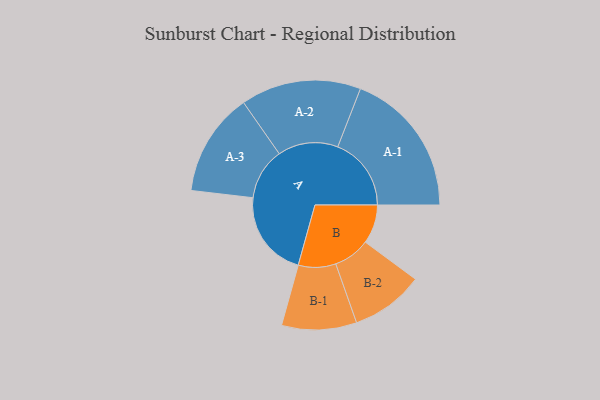
{"axis": {"x": "Segment", "y": "Value"}, "legend": ["", "A", "B"], "data": [{"x": "A", "y": 352, "type": ""}, {"x": "B", "y": 158, "type": ""}, {"x": "A-1", "y": 298, "type": "A"}, {"x": "A-2", "y": 244, "type": "A"}, {"x": "A-3", "y": 210, "type": "A"}, {"x": "B-1", "y": 152, "type": "B"}, {"x": "B-2", "y": 148, "type": "B"}]}